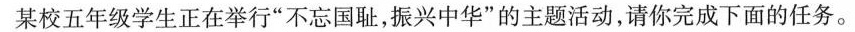
某校五年级学生正在举行”不忘国耻，振兴中华”的主题活动，请你完成下面的任务。